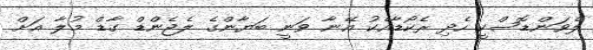
ލެވަންޑޮސްކީ ހެދި ރެކޯޑާއެކު އޭނާ ވަނީ ބަޔާންގެ ލެޖެންޑް ގާޑް މުލާ އަށް